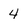
Character: 4